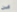
من